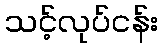
သင့်လုပ်ငန်း